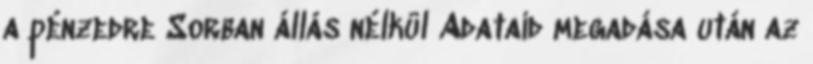
a pénzedre Sorban állás nélkül Adataid megadása után az